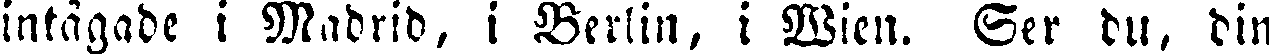
intågade i Madrid, i Berlin, i Wien. Ser du, din